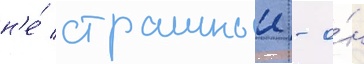
н'е́ страшныи - о́н